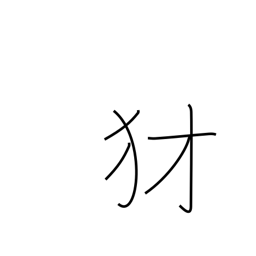
Meaning: mean